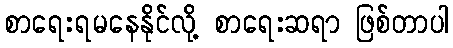
စာရေးရမနေနိုင်လို့ စာရေးဆရာ ဖြစ်တာပါ